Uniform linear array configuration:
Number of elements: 16
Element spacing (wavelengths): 1
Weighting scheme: exponential
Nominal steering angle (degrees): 15
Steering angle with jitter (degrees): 15.201
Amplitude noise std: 0.05
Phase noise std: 0.05

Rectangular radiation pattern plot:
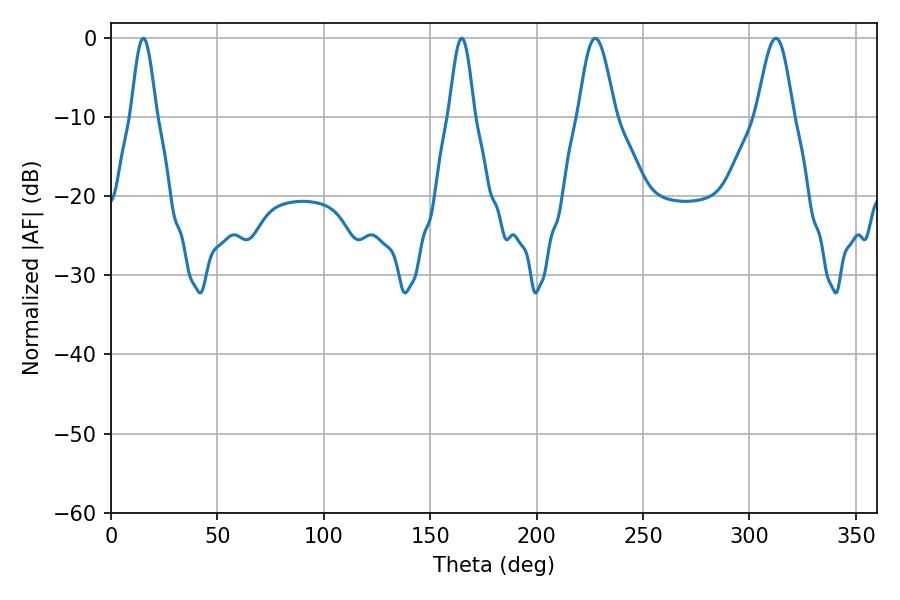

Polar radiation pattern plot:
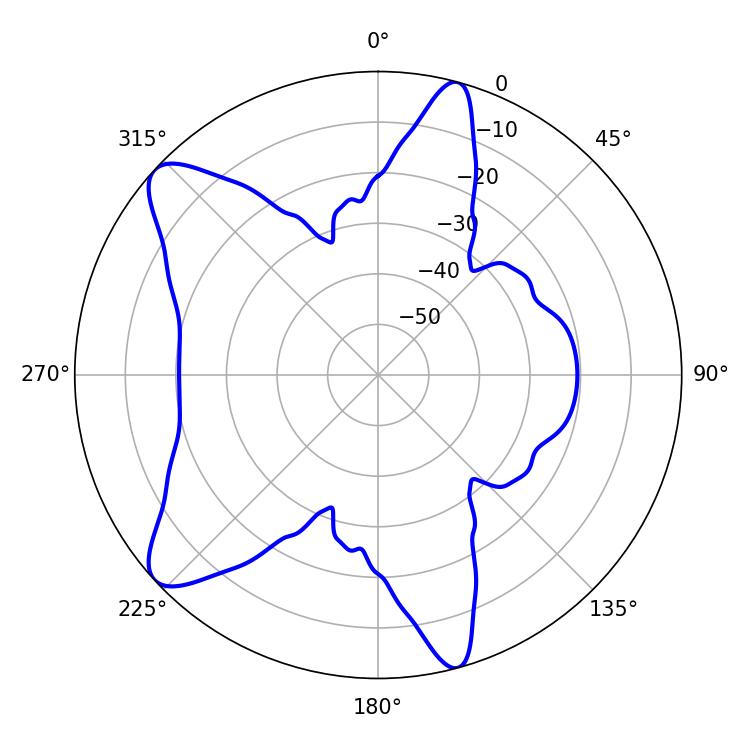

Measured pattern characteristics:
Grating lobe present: TRUE
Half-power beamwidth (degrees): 9.18
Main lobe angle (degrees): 227.52